Senior Leaving Certificate Examination (including Day School Certificate (Higher) General paper), 1947
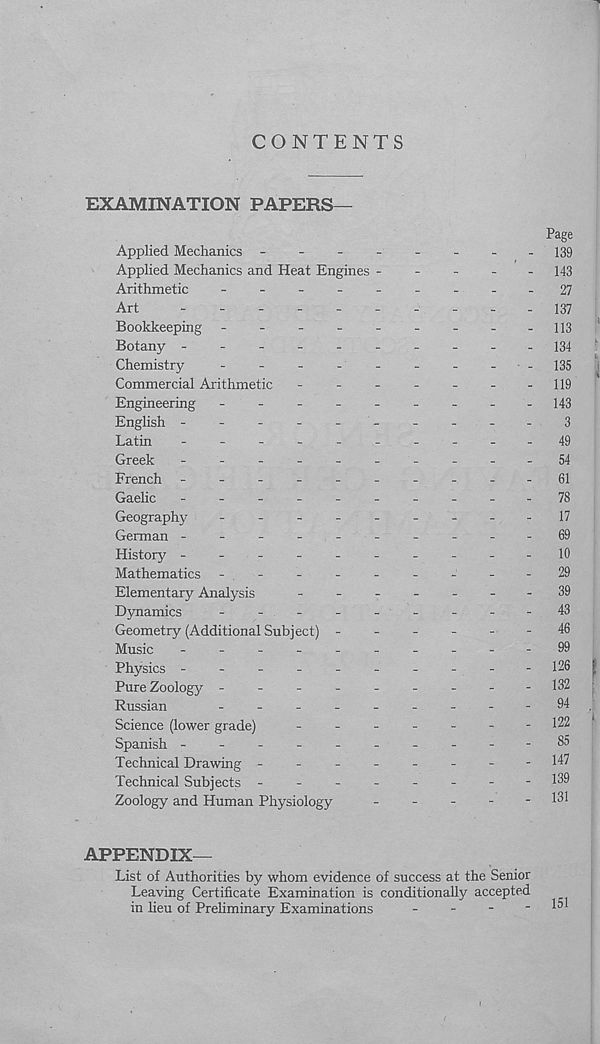
CONTENTS
EXAMINATION PAPERS—
Page
Applied Mechanics -
-
-
139
Applied Mechanics and Heat Engines -
-
-
-
- 143
Arithmetic
-
--
--
.-
--27
Art
----- 137
Bookkeeping -
-
-
113
Botany ---------
- 134
Chemistry
-
-
-
-
-
-
-
-
-135
Commercial Arithmetic
-
-
-
-
-
-
-119
Engineering -
--
--
--
--143
English ----------3
Latin
-
--
--
--
--
-49
Greek
-
--
--
--
--
-54
French -
--
--
--
--
-61
Gaelic
-
--
--
--
--
-78
Geography
-
--
--
--
--17
German ----------69
History ----------10
Mathematics - . -
-
-
-
-
-
-
-
29
Elementary Analysis
-
--
--
--39
Dynamics
-
-
-
-
-
-
-
-
-43
Geometry (Additional Subject) ------
46
Music
-
--
--
--
--
-99
Physics ----------126
Pure Zoology ---------132
Russian
-
--
--
--
--
94
Science (lower grade)
-
-
-
-
-
-
-122
Spanish ----------85
Technical Drawing --------147
Technical Subjects -
--
--
--
-139
Zoology and Human Physiology
-
-
-
-
- 131
APPENDIX
List of Authorities by whom evidence of success at the Senior
Leaving Certificate Examination is conditionally accepted
in lieu of Prehminary Examinations
-
-
-
- 151